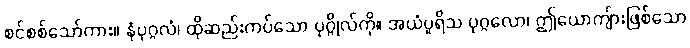
စင်စစ်သော်ကား။ နံပုဂ္ဂလံ၊ ထိုဆည်းကပ်သော ပုဂ္ဂိုလ်ကို။ အယံပူရိသ ပုဂ္ဂလော၊ ဤယောကျ်ားဖြစ်သော